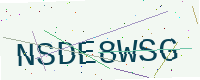
Text: NSDE8WSG